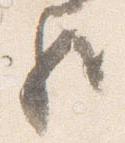
歟